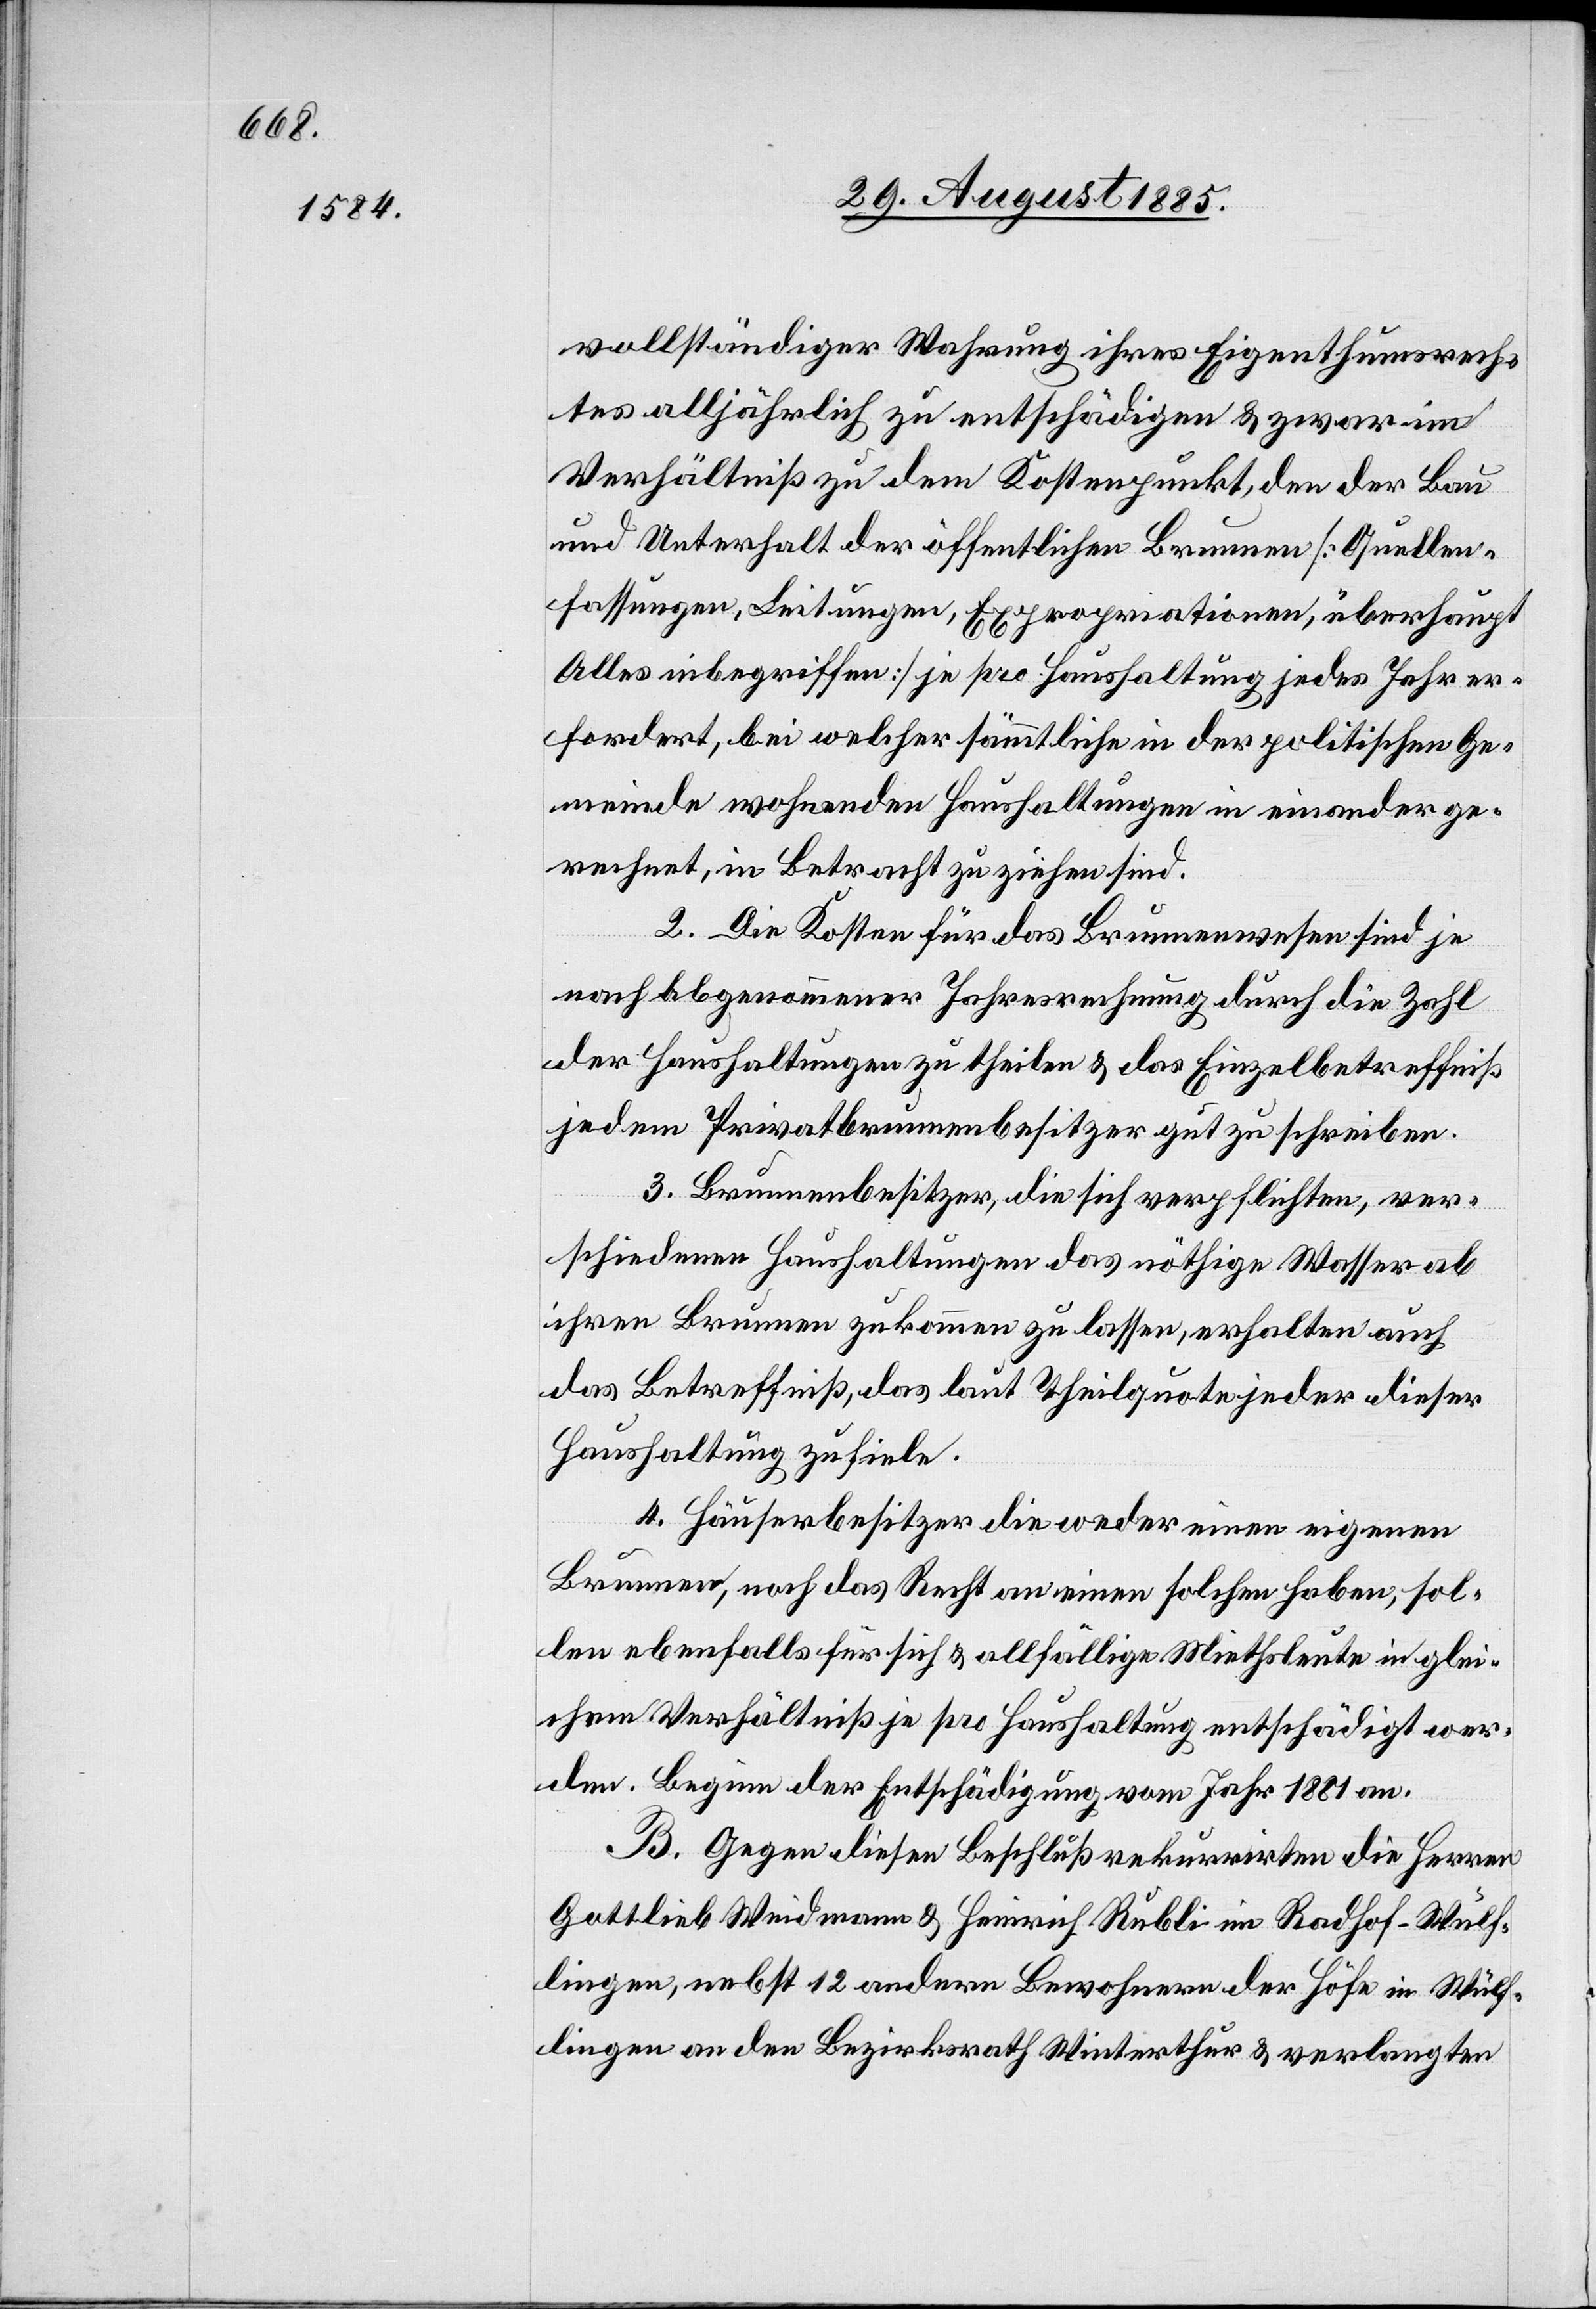
vollständiger Wahrung ihres Eigenthumsrech¬
tes alljährlich zu entschädigen & zwar im
Verhältniß zu dem Kostenpunkt, den der Bau
und Unterhalt der öffentlichen Brunnen [Quellen¬
fassungen, Leitungen, Expropriationen, überhaupt
Alles inbegriffen] je pro Haushaltung jedes Jahr er¬
fordert, bei welcher sämmtliche in der politischen Ge¬
meinde wohnenden Haushaltungen in einander ge¬
rechnet, in Betracht zu ziehen sind.
2. Die Kosten für das Brunnenwesen sind je
nach abgenommener Jahresrechnung durch die Zahl
der Haushaltungen zu theilen & das Einzelbetreffniß
jedem Privatbrunnenbesitzer gut zu schreiben.
3. Brunnenbesitzer, die sich verpflichten, ver¬
schiedenen Haushaltungen das nöthige Wasser ab
ihren Brunnen zukommen zu lassen, erhalten auch
das Betreffniß, das laut Theilquote jeder dieser
Haushaltung zufiele.
4. Häuserbesitzer die weder einen eigenen
Brunnen, noch das Recht an einem solchen haben, sol¬
len ebenfalls für sich & allfällige Miethsleute in glei¬
chem Verhältniß je pro Haushaltung entschädigt wer¬
den. Beginn der Entschädigung vom Jahr 1881 an.
B. Gegen diesen Beschluß rekurrirten die Herren
Gottlieb Weidmann & Heinrich Rubli im Radhof - Wülf¬
lingen, nebst 12 anderen Bewohnern der Höfe in Wülf¬
lingen an den Bezirksrath Winterthur & verlangten